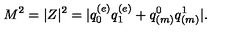
M ^ { 2 } = | Z | ^ { 2 } = | q _ { 0 } ^ { ( e ) } q _ { 1 } ^ { ( e ) } + q _ { ( m ) } ^ { 0 } q _ { ( m ) } ^ { 1 } | .